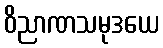
ဝိညာဏသမုဒယေ